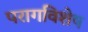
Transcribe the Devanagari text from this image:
परागविशेष